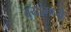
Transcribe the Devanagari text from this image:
वयांमध्ये